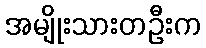
အမျိုးသားတဦးက